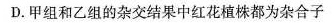
D.甲组和乙组的杂交结果中红花植株都为杂合子